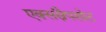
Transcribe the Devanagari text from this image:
एक्सस्नैपशोट